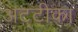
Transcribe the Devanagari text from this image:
अट्टीका